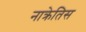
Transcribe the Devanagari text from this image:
नाक्रेतिस